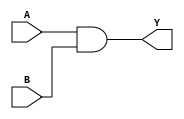
/***************************************************
* Class: EE 271
* Module: and_2in
* Description: two input AND gate design
****************************************************/

module and_2in(A, B, Y);    // Declare the design module.
    input A, B;             // Declare the design inputs
    output Y;               // and output.
    wire Y;                 // Declare the output as net.
    assign Y = A & B;       // Realize the 2 input AND gate.
endmodule                   // The end of design.